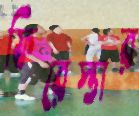
ফিরেস্তার